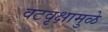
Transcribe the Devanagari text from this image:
वटवृक्षामुळे